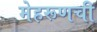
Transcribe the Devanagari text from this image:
मेहरूणची